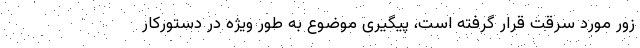
زور مورد سرقت قرار گرفته است، پیگیری موضوع به طور ویژه در دستورکار